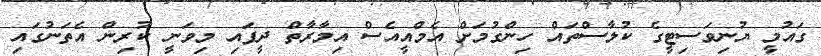
ގައުމީ ޔުނިވަސިޓީގެ ކުލާސްތައް ހިންގުމަށް އެމްއީއެސް އިމާރާތް ދީފައި މިވަނީ ކުރިން އެތަނުގައި